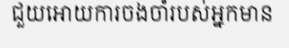
ជួយអោយការចងចាំរបស់អ្នកមាន